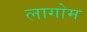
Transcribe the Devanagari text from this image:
लागोम